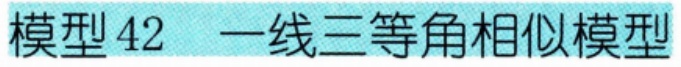
模型42  一线三等角相似模型